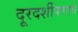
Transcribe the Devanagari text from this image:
दूरदर्शीपणाचे